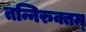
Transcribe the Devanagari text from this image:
तन्निरुक्तम्